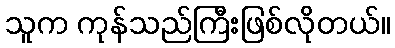
သူက ကုန်သည်ကြီးဖြစ်လိုတယ်။